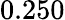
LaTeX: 0.250